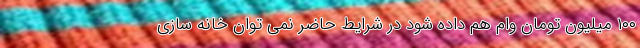
۱۰۰ میلیون تومان وام هم داده شود در شرایط حاضر نمی توان خانه سازی